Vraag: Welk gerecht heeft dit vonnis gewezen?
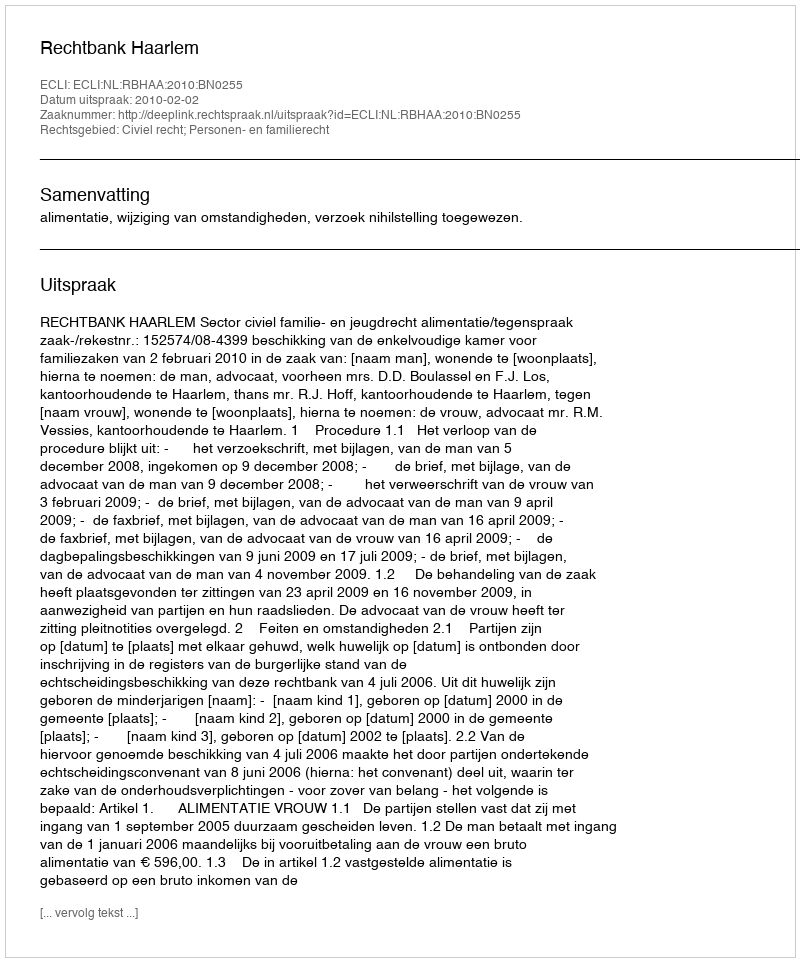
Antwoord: Rechtbank Haarlem